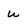
Character: w